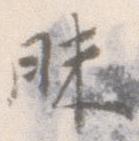
昧